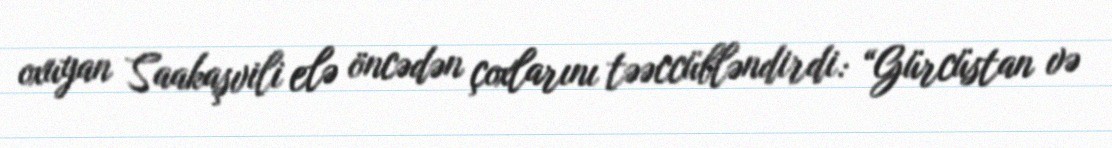
oxuyan Saakaşvili elə öncədən çoxlarını təəccübləndirdi: “Gürcüstan və